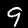
Digit: 9